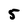
Character: 5